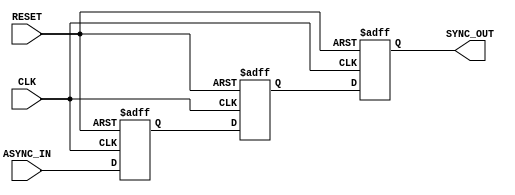
module async_to_sync_converter (
    input wire ASYNC_IN,       // Asynchronous input signal
    input wire CLK,            // Clock signal for synchronization
    input wire RESET,          // Optional asynchronous reset signal
    output reg SYNC_OUT        // Synchronized output signal
);

    // Internal signals
    reg sync_stage1;           // First stage of synchronization
    reg sync_stage2;           // Second stage of synchronization

    // Synchronization logic with optional reset
    always @(posedge CLK or posedge RESET) begin
        if (RESET) begin
            sync_stage1 <= 1'b0;
            sync_stage2 <= 1'b0;
        end else begin
            sync_stage1 <= ASYNC_IN;   // Capture the ASYNC_IN at CLK rising edge
            sync_stage2 <= sync_stage1; // Pass through the first stage
        end
    end

    // Output assignment
    always @(posedge CLK or posedge RESET) begin
        if (RESET) begin
            SYNC_OUT <= 1'b0;           // Synchronous output reset
        end else begin
            SYNC_OUT <= sync_stage2;    // Assign the output from the second stage
        end
    end

endmodule